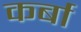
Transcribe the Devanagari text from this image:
कर्बा